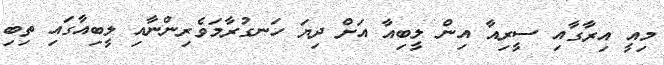
މިއީ އިރާގާއި ސީރިއާ އިން ލީބިއާ އަށް ދިޔަ ހަނގުރާމަވެރިންނާއި ލީބިއާގައި ތިބި